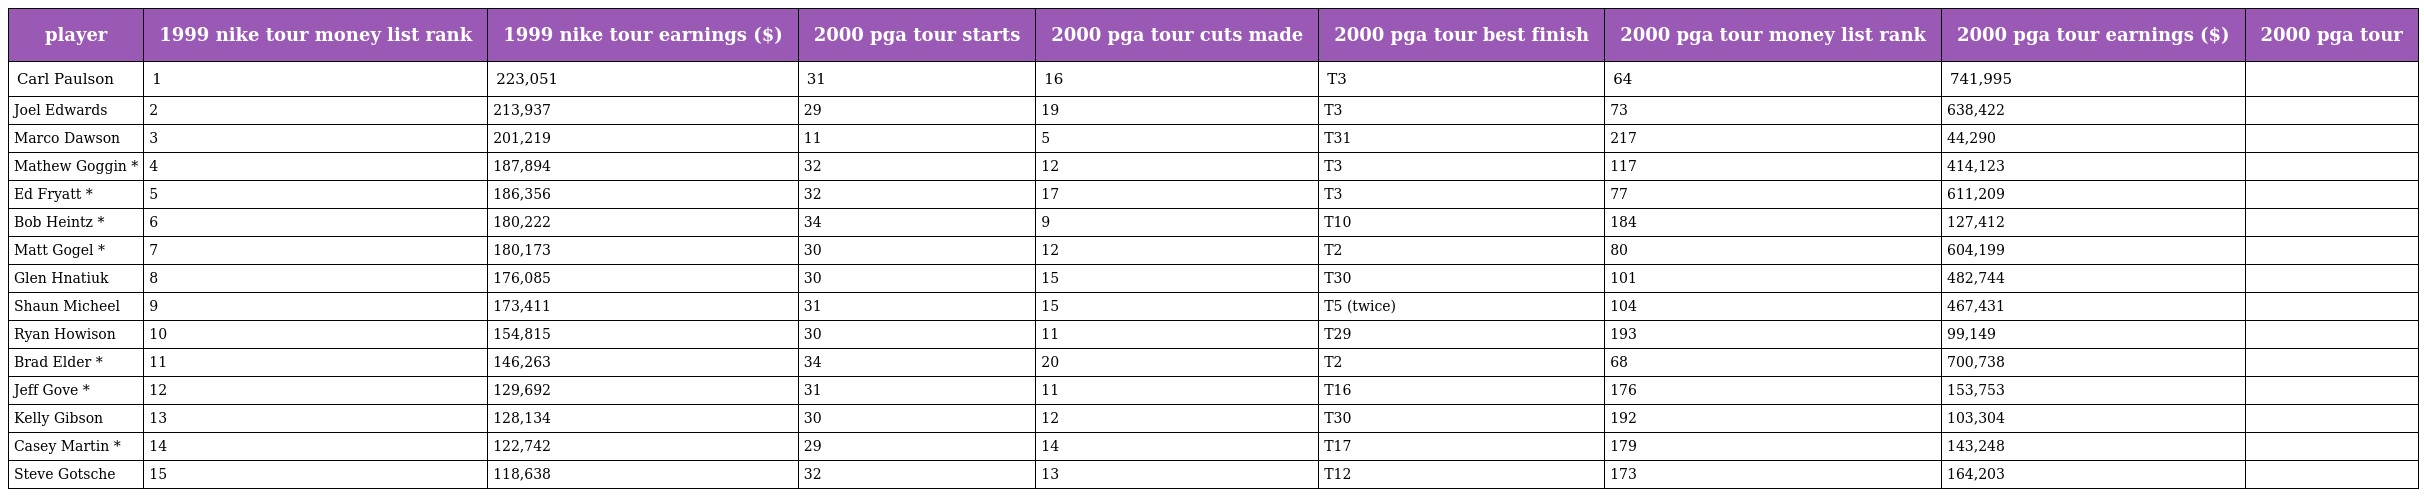
| player | 1999 nike tour money list rank | 1999 nike tour earnings ($) | 2000 pga tour starts | 2000 pga tour cuts made | 2000 pga tour best finish | 2000 pga tour money list rank | 2000 pga tour earnings ($) | 2000 pga tour |
 | --- | --- | --- | --- | --- | --- | --- | --- | --- |
 | Carl Paulson | 1 | 223,051 | 31 | 16 | T3 | 64 | 741,995 |  |
 | Joel Edwards | 2 | 213,937 | 29 | 19 | T3 | 73 | 638,422 |  |
 | Marco Dawson | 3 | 201,219 | 11 | 5 | T31 | 217 | 44,290 |  |
 | Mathew Goggin * | 4 | 187,894 | 32 | 12 | T3 | 117 | 414,123 |  |
 | Ed Fryatt * | 5 | 186,356 | 32 | 17 | T3 | 77 | 611,209 |  |
 | Bob Heintz * | 6 | 180,222 | 34 | 9 | T10 | 184 | 127,412 |  |
 | Matt Gogel * | 7 | 180,173 | 30 | 12 | T2 | 80 | 604,199 |  |
 | Glen Hnatiuk | 8 | 176,085 | 30 | 15 | T30 | 101 | 482,744 |  |
 | Shaun Micheel | 9 | 173,411 | 31 | 15 | T5 (twice) | 104 | 467,431 |  |
 | Ryan Howison | 10 | 154,815 | 30 | 11 | T29 | 193 | 99,149 |  |
 | Brad Elder * | 11 | 146,263 | 34 | 20 | T2 | 68 | 700,738 |  |
 | Jeff Gove * | 12 | 129,692 | 31 | 11 | T16 | 176 | 153,753 |  |
 | Kelly Gibson | 13 | 128,134 | 30 | 12 | T30 | 192 | 103,304 |  |
 | Casey Martin * | 14 | 122,742 | 29 | 14 | T17 | 179 | 143,248 |  |
 | Steve Gotsche | 15 | 118,638 | 32 | 13 | T12 | 173 | 164,203 |  |